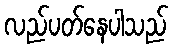
လည်ပတ်နေပါသည်